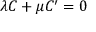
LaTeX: \lambda C + \mu C ^ { \prime } = 0